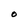
Character: O